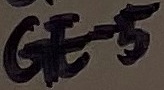
Text: GE-5